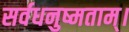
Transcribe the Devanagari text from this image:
सर्वधनुष्मताम्‌।